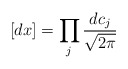
\begin{align*}[dx] = \prod_j {{dc_j} \over {\sqrt{2 \pi}}}\end{align*}